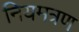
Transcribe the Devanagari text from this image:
नियमत्रण